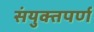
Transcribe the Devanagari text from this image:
संयुक्तपर्ण